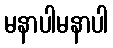
မနာပါမနာပါ